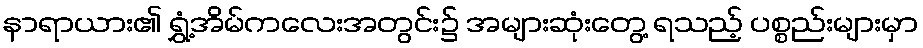
နာရာယား၏ ရွှံ့အိမ်ကလေးအတွင်း၌ အများဆုံးတွေ့ ရသည့် ပစ္စည်းများမှာ